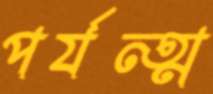
পর্যন্ত্ম